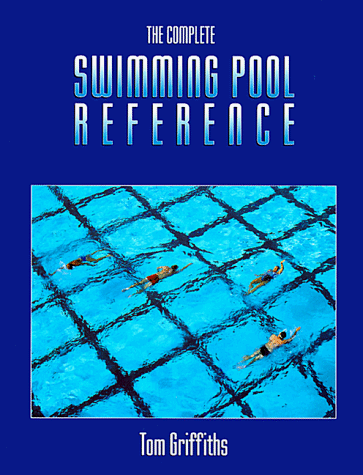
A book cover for The Complete Swimming Pool Reference, 1e; Tom Griffiths EdD; Sports & Outdoors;